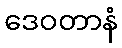
ဒေဝတာနံ